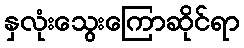
နှလုံးသွေးကြောဆိုင်ရာ